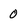
Character: O